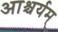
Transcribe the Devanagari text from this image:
आश्चर्यम्